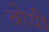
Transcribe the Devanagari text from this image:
बोयी